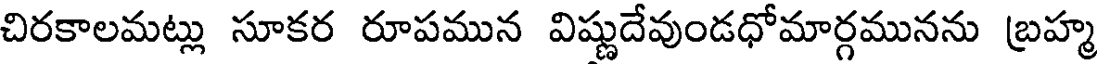
చిరకాలమట్లు సూకర రూపమున విష్ణుదేవుండధోమార్గమునను బ్రహ్మ